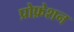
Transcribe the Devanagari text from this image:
प्रोफ़ेशन